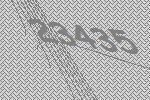
23435